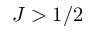
J > 1 / 2